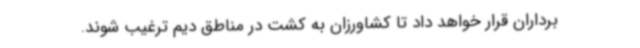
برداران قرار خواهد داد تا کشاورزان به کشت در مناطق دیم ترغیب شوند.